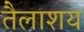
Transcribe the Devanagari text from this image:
तैलाशय